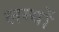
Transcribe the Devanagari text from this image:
लग्यों